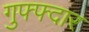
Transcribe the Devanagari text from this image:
गुफ्फ्दार